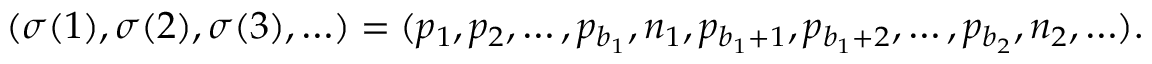
( \sigma ( 1 ) , \sigma ( 2 ) , \sigma ( 3 ) , \ldots ) = ( p _ { 1 } , p _ { 2 } , \ldots , p _ { b _ { 1 } } , n _ { 1 } , p _ { b _ { 1 } + 1 } , p _ { b _ { 1 } + 2 } , \ldots , p _ { b _ { 2 } } , n _ { 2 } , \ldots ) .